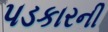
પડકારની